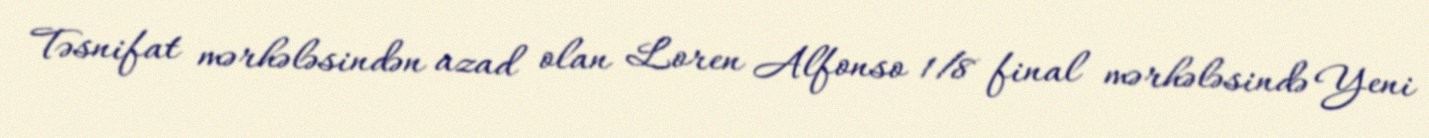
Təsnifat mərhələsindən azad olan Loren Alfonso 1/8 final mərhələsində Yeni